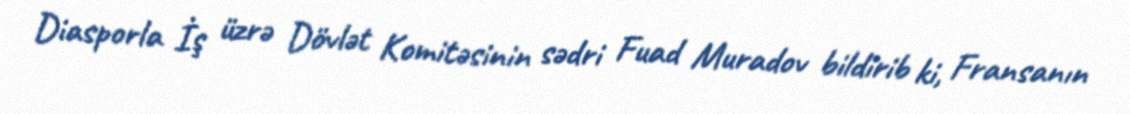
Diasporla İş üzrə Dövlət Komitəsinin sədri Fuad Muradov bildirib ki, Fransanın